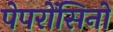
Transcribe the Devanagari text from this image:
पेपरोंसिनो